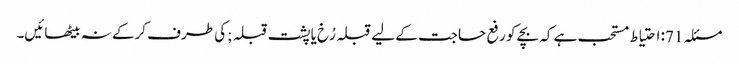
مسئلہ 71: احتیاط مستحب ہے کہ بچے کو رفع حاجت کے لیے قبلہ رُخ یا پشت قبلہ ;کی طرف کرکے نہ بیٹھائیں۔